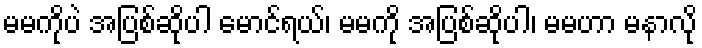
မမကိုပဲ အပြစ်ဆိုပါ မောင်ရယ်၊ မမကို အပြစ်ဆိုပါ၊ မမဟာ မနာလို